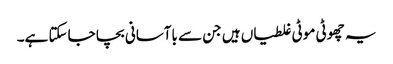
یہ چھوٹی موٹی غلطیاں ہیں جن سے باآسانی بچا جاسکتا ہے۔